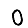
Digit: 0